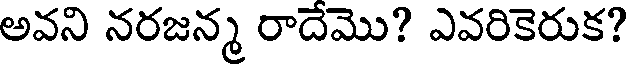
అవని నరజన్మ రాదేమొ? ఎవరికెరుక?